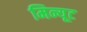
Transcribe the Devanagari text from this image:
मिन्यूट